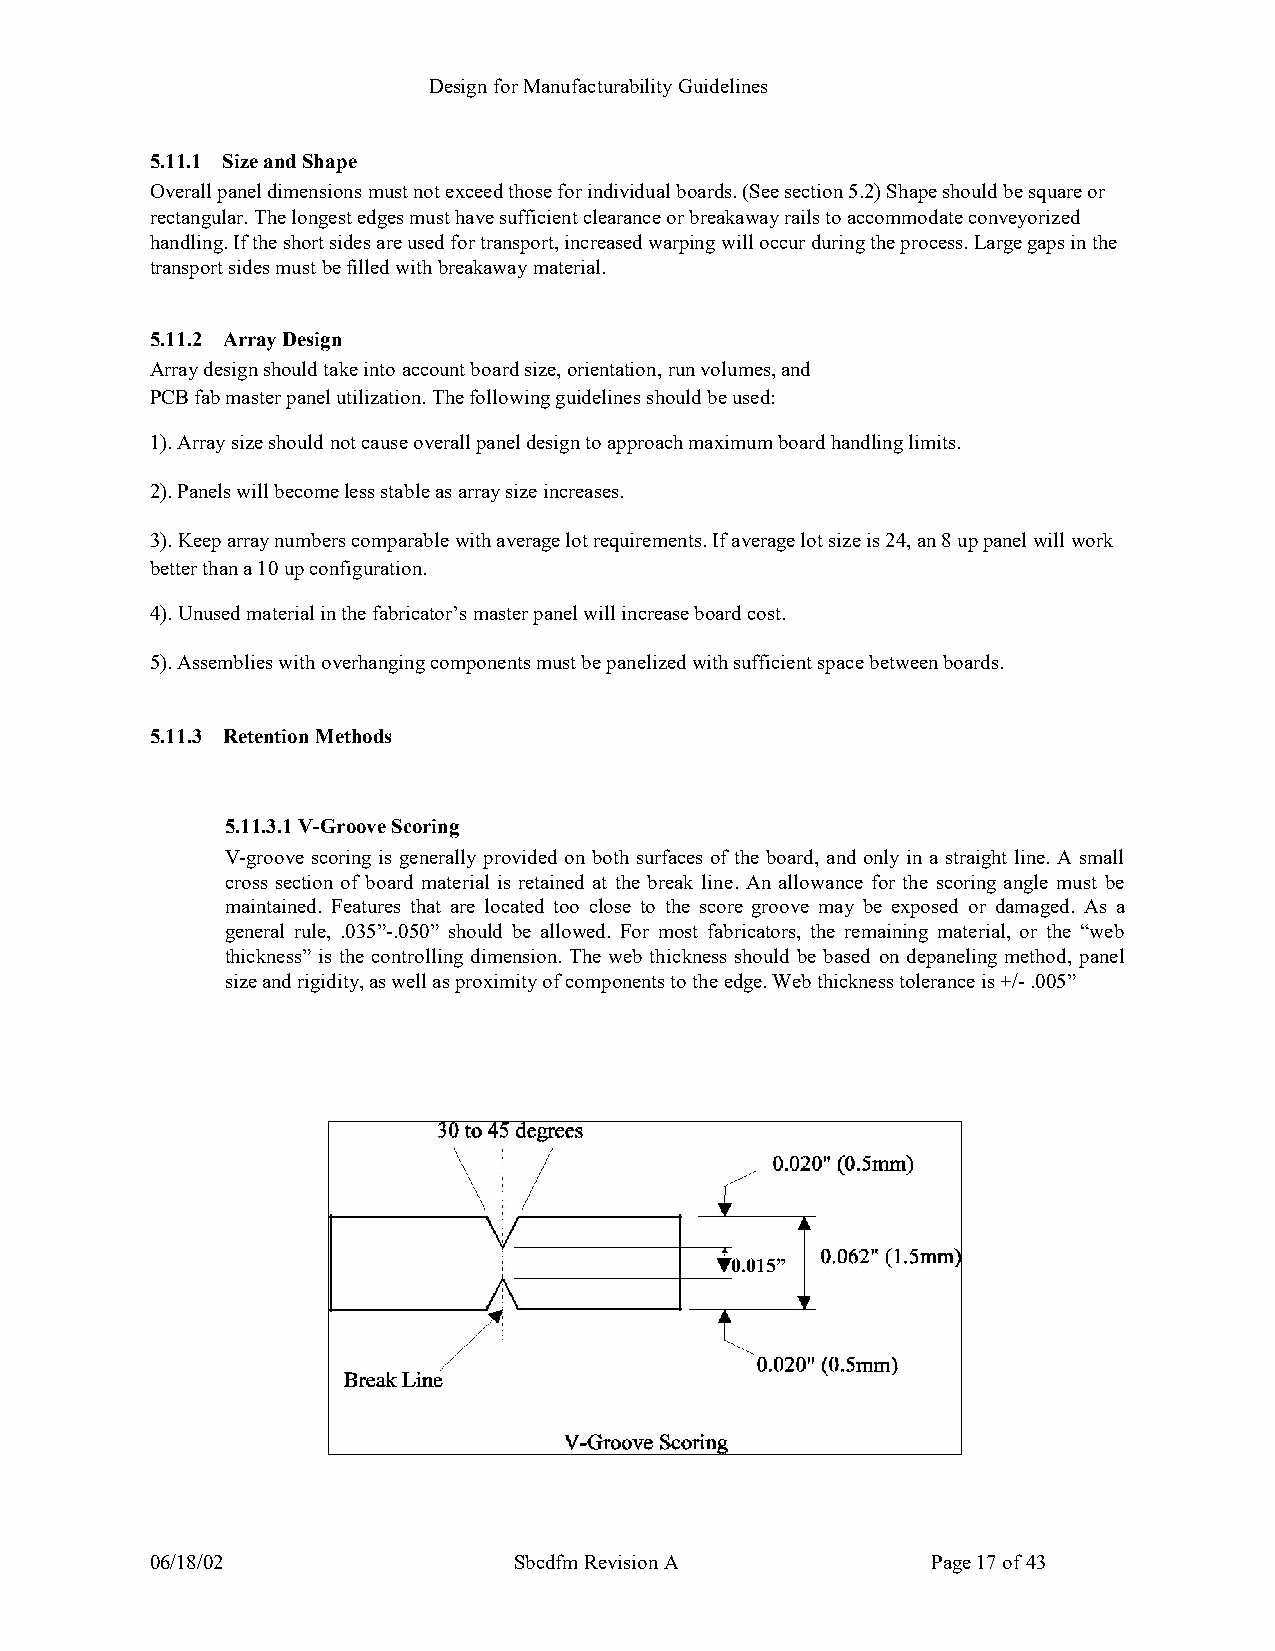
Design for Manufacturability Guidelines
 5.11.1 Size and Shape
 Overall panel dimensions must not exceed those for individual boards. (See section 5.2) Shape should be square or
 rectangular. The longest edges must have sufficient clearance or breakaway rails to accommodate conveyorized
 handling. If the short sides are used for transport, increased warping will occur during the process. Large gaps in the
 transport sides must be filled with breakaway material.
 5.11.2 Array Design
 Array design should take into account board size, orientation, run volumes, and
 PCB fab master panel utilization. The following guidelines should be used:
 1). Array size should not cause overall panel design to approach maximum board handling limits.
 2). Panels will become less stable as array size increases.
 3). Keep array numbers comparable with average lot requirements. If average lot size is 24, an 8 up panel will work
 better than a 10 up configuration.
 4). Unused material in the fabricator’s master panel will increase board cost.
 5). Assemblies with overhanging components must be panelized with sufficient space between boards.
 5.11.3 Retention Methods
 5.11.3.1 V-Groove Scoring
 V-groove scoring is generally provided on both surfaces of the board, and only in a straight line. A small
 cross section of board material is retained at the break line. An allowance for the scoring angle must be
 maintained. Features that are located too close to the score groove may be exposed or damaged. As a
 general rule, .035”-.050” should be allowed. For most fabricators, the remaining material, or the “web
 thickness” is the controlling dimension. The web thickness should be based on depaneling method, panel
 size and rigidity, as well as proximity of components to the edge. Web thickness tolerance is +/- .005”
 0.015”
 06/18/02                Sbcdfm Revision A           Page 17 of 43